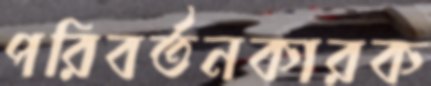
পরিবর্তনকারক